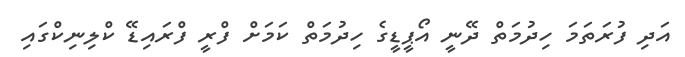
އަދި ފުރަތަމަ ހިދުމަތް ދޭނީ އޯޕީޑީގެ ހިދުމަތް ކަމަށް ފްރީ ފްރައިޑޭ ކްލިނިކްގައި